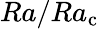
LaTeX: Ra/Ra_{\mathrm c}